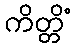
ကိတ္တိံ